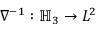
\nabla ^ { - 1 } : \mathbb { H } _ { 3 } \to L ^ { 2 }